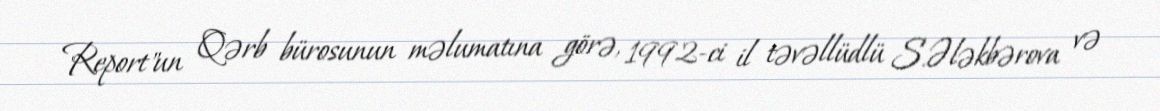
Report"un Qərb bürosunun məlumatına görə, 1992-ci il təvəllüdlü S.Ələkbərova və